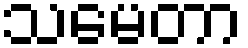
သမေတာ